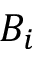
B _ { i }